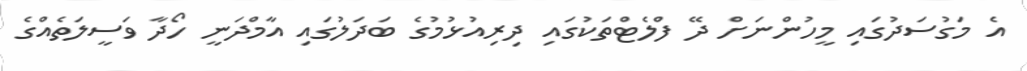
އެ މަގުސަދުގައި މީހުންނަށް ދޭ ފްލެޓްތަކުގައި ދިރިއުޅުމުގެ ބަދަލުގައި އާމްދަނީ ހޯދާ ވަސީލަތެއްގެ